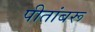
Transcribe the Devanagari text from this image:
पीतांबरू